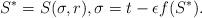
LaTeX: \begin{align*}S^*=S(\sigma,r),\sigma = t-\epsilon f(S^*) . \end{align*}